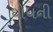
ઘોધની